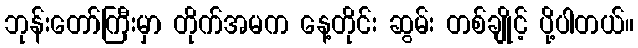
ဘုန်းတော်ကြီးမှာ တိုက်အမက နေ့တိုင်း ဆွမ်း တစ်ချိုင့် ပို့ပါတယ်။